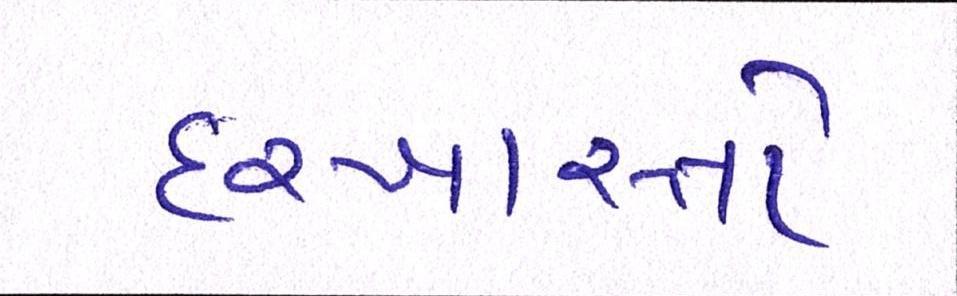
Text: દરખાસ્તો